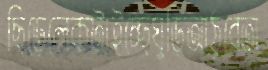
ছিড়েলেকটাইচ্ছেঘুড়িআঠুবেতা